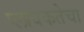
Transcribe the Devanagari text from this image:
प्लावकतेचा